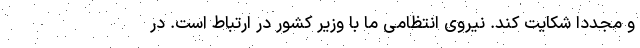
و مجدداً شکایت کند. نیروی انتظامی ما با وزیر کشور در ارتباط است. در